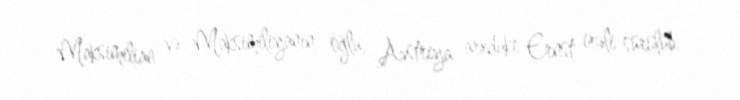
Maksimilian və Maksimiliyanın oğlu, Avstriya arxduke Ernst irəli sürülüb.